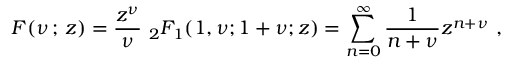
{ \cal F } ( \nu \, ; \, z ) = \frac { z ^ { \nu } } { \nu } \ _ { 2 } F _ { 1 } ( 1 , \nu ; 1 + \nu ; z ) = \sum _ { n = 0 } ^ { \infty } \frac { 1 } { n + \nu } z ^ { n + \nu } ~ ,